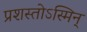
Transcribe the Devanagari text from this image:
प्रशस्तोऽस्मिन्